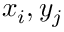
x _ { i } , y _ { j }